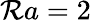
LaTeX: \mathcal{R}a=2